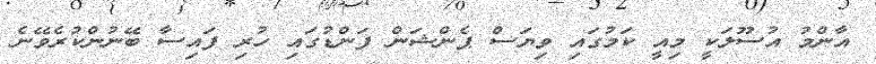
އާންމު އުސޫލަކީ މިއީ ކަމުގައި ވިޔަސް ޕެންޝަން ފަންޑުގައި ހުރި ފައިސާ ބޭނުންކުރެވޭނެ